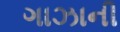
ગાઝાની